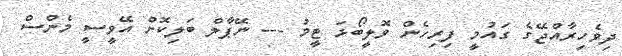
ދިވެހިރާއްޖޭގެ ގައުމީ ފިރިހެން ވޮލީބޯޅަ ޓީމު --- ނޭޕާލް ބަލިކޮށް އޭވީސީ މެންސް